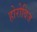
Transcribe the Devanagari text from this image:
होरोविज